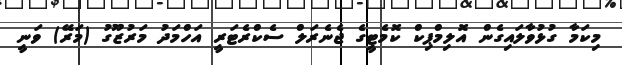
މިކަމާ ގުޅުވާލައިގެން އޮލިމްޕިކް ކޮމެޓީގެ ޖެނެރަލް ސެކްރެޓަރީ އަހްމަދު މަރުޒޫގު (މަރޭ) ވަނީ